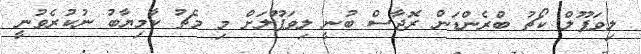
ލިވަޕޫލް ކޯޗު ބްރެންޑަން ރޮޖާސް ބުނީ ލިވަޕޫލަށް މި މެޗު ކާމިޔާބު ނުކުރެވުނީ